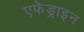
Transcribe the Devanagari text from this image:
एफेड्राइन